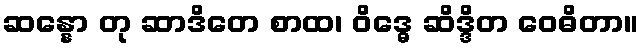
ဆန္နော တု ဆာဒိတေ စာထ၊ ဝိဒ္ဓေ ဆိဒ္ဒိတ ဝေဓိတာ။